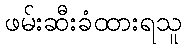
ဖမ်းဆီးခံထားရသူ